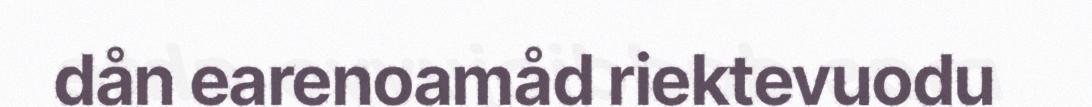
dån earenoamåd riektevuodu